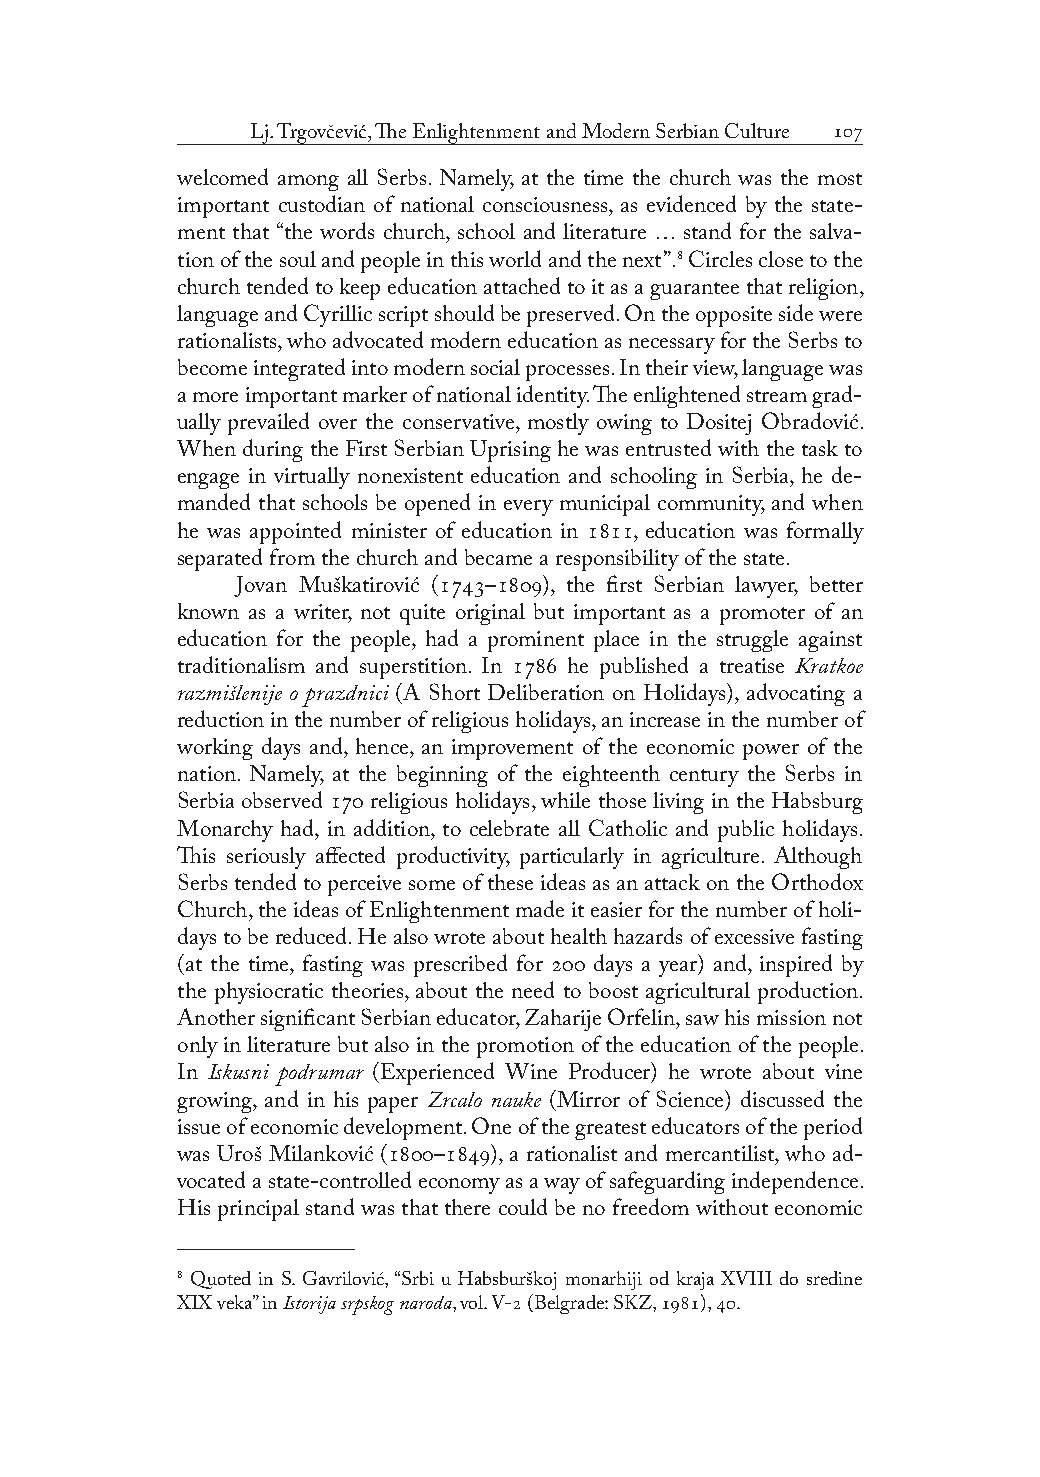
Lj. Trgovčević, The Enlightenment and Modern Serbian Culture 
 welcomed among all Serbs. Namely, at the time the church was the most
 important custodian of national consciousness, as evidenced by the state-
 ment that “the words church, school and literature … stand for the salva-
 tion of the soul and people in this world and the next”. Circles close to the
 church tended to keep education attached to it as a guarantee that religion,
 language and Cyrillic script should be preserved. On the opposite side were
 rationalists, who advocated modern education as necessary for the Serbs to
 become integrated into modern social processes. In their view, language was
 a more important marker of national identity. The enlightened stream grad-
 ually prevailed over the conservative, mostly owing to Dositej Obradović.
 When during the First Serbian Uprising he was entrusted with the task to
 engage in virtually nonexistent education and schooling in Serbia, he de-
 manded that schools be opened in every municipal community, and when
 he was appointed minister of education in , education was formally
 separated from the church and became a responsibility of the state.
 Jovan Muškatirović (–), the first Serbian lawyer, better
 known as a writer, not quite original but important as a promoter of an
 education for the people, had a prominent place in the struggle against
 traditionalism and superstition. In  he published a treatise Kratkoe
 razmišlenije o prazdnici (A Short Deliberation on Holidays), advocating a
 reduction in the number of religious holidays, an increase in the number of
 working days and, hence, an improvement of the economic power of the
 nation. Namely, at the beginning of the eighteenth century the Serbs in
 Serbia observed  religious holidays, while those living in the Habsburg
 Monarchy had, in addition, to celebrate all Catholic and public holidays.
 This seriously affected productivity, particularly in agriculture. Although
 Serbs tended to perceive some of these ideas as an attack on the Orthodox
 Church, the ideas of Enlightenment made it easier for the number of holi-
 days to be reduced. He also wrote about health hazards of excessive fasting
 (at the time, fasting was prescribed for  days a year) and, inspired by
 the physiocratic theories, about the need to boost agricultural production.
 Another significant Serbian educator, Zaharije Orfelin, saw his mission not
 only in literature but also in the promotion of the education of the people.
 In Iskusni podrumar (Experienced Wine Producer) he wrote about vine
 growing, and in his paper Zrcalo nauke (Mirror of Science) discussed the
 issue of economic development. One of the greatest educators of the period
 was Uroš Milanković (–), a rationalist and mercantilist, who ad-
 vocated a state-controlled economy as a way of safeguarding independence.
 His principal stand was that there could be no freedom without economic
  Quoted in S. Gavrilović, “Srbi u Habsburškoj monarhiji od kraja XVIII do sredine
 XIX veka” in Istorija srpskog naroda, vol. V- (Belgrade: SKZ, ), .